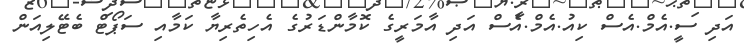
އަދި ސީ.އެމް.އެސް ކިއު.އެމް.އެސް އަދި އާމަރީގެ ކޮމާންޑަރުގެ އެހިތެރިޔާ ކަމާއި ސަޕޯޓް ބެޓޭލިއަން